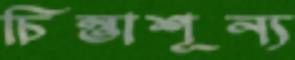
চিন্তাশূন্য